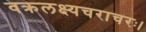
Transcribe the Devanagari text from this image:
वक्रलक्ष्यचराचरः।